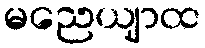
မညေယျာထ